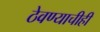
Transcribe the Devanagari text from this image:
ठेवण्याचीही